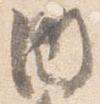
内